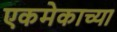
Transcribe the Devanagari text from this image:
एकमेकाच्या